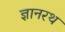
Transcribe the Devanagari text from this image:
ज्ञानरथ